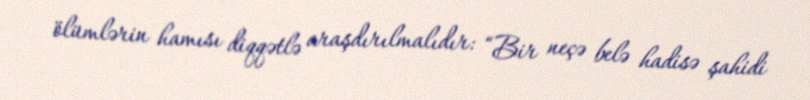
ölümlərin hamısı diqqətlə araşdırılmalıdır: “Bir neçə belə hadisə şahidi